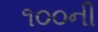
૧૦૦ની